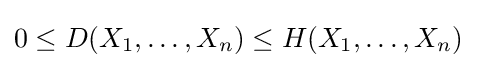
0\leq D(X_{1},\ldots ,X_{n})\leq H(X_{1},\ldots ,X_{n})